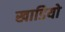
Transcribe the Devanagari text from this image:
खाडियो